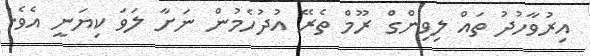
އިރުވާހުދު ތައް ލިވިންގް ރޫމް ތެރޭ އުދުހެމުން ނަށާ ލަވަ ކިޔަނީ އެވެ.